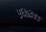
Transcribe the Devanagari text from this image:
५६७३५५